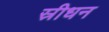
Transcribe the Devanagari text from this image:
स्रीधन